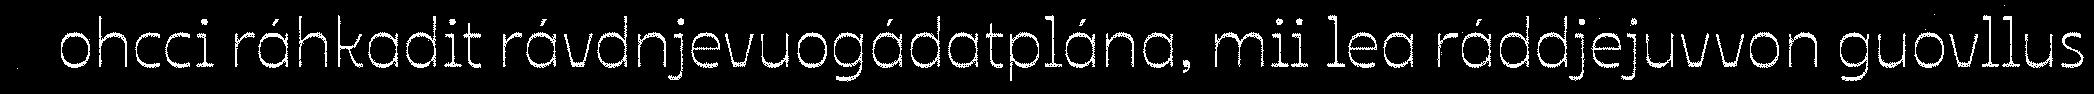
ohcci ráhkadit rávdnjevuogádatplána, mii lea ráddjejuvvon guovllus